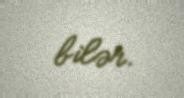
bilər.